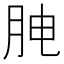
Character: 𰗅